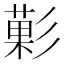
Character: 𭛙